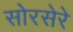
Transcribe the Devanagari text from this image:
सोरसेरे